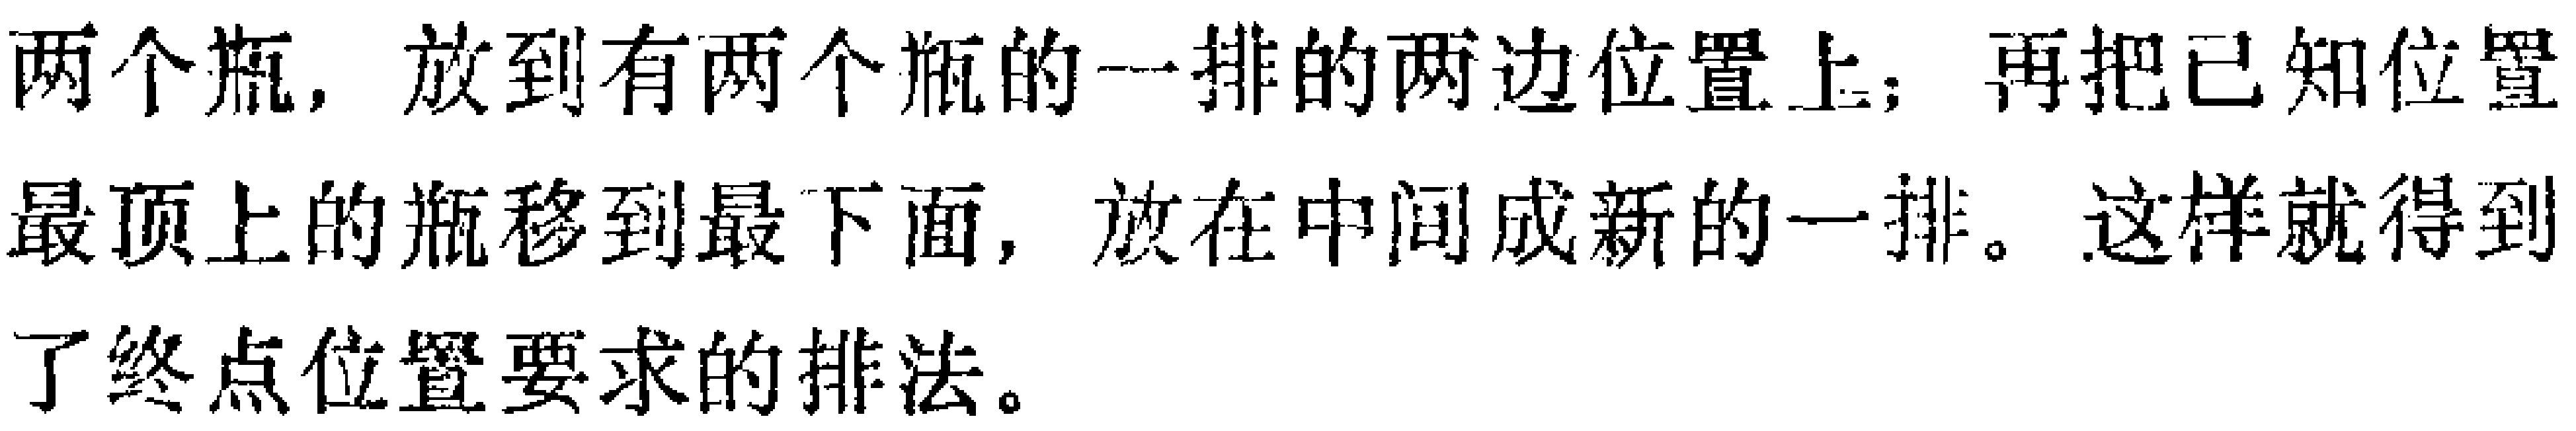
两个瓶，放到有两个瓶的一排的两边位置上；再把已知位置最顶上的瓶移到最下面，放在中间成新的一排。这样就得到了终点位置要求的排法。